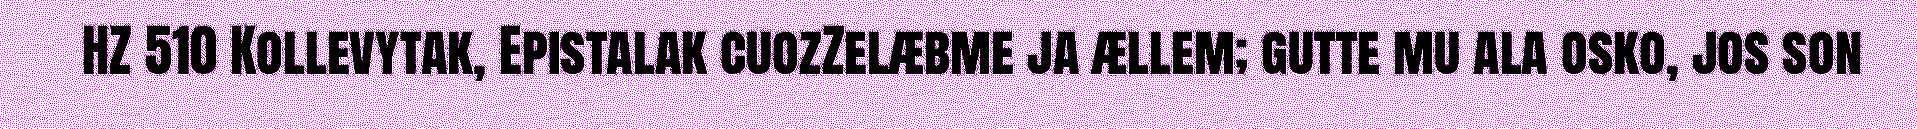
HZ 510 Kollevytak, Epistalak cuozZelæbme ja ællem; gutte mu ala osko, jos son